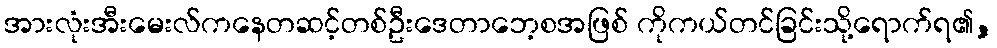
အားလုံးအီးမေးလ်ကနေတဆင့်တစ်ဦးဒေတာဘေ့စအဖြစ် ကိုကယ်တင်ခြင်းသို့ရောက်ရ၏,